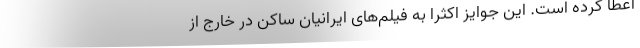
اعطا کرده است. این جوایز اکثرا به فیلم‌های ایرانیان ساکن در خارج از